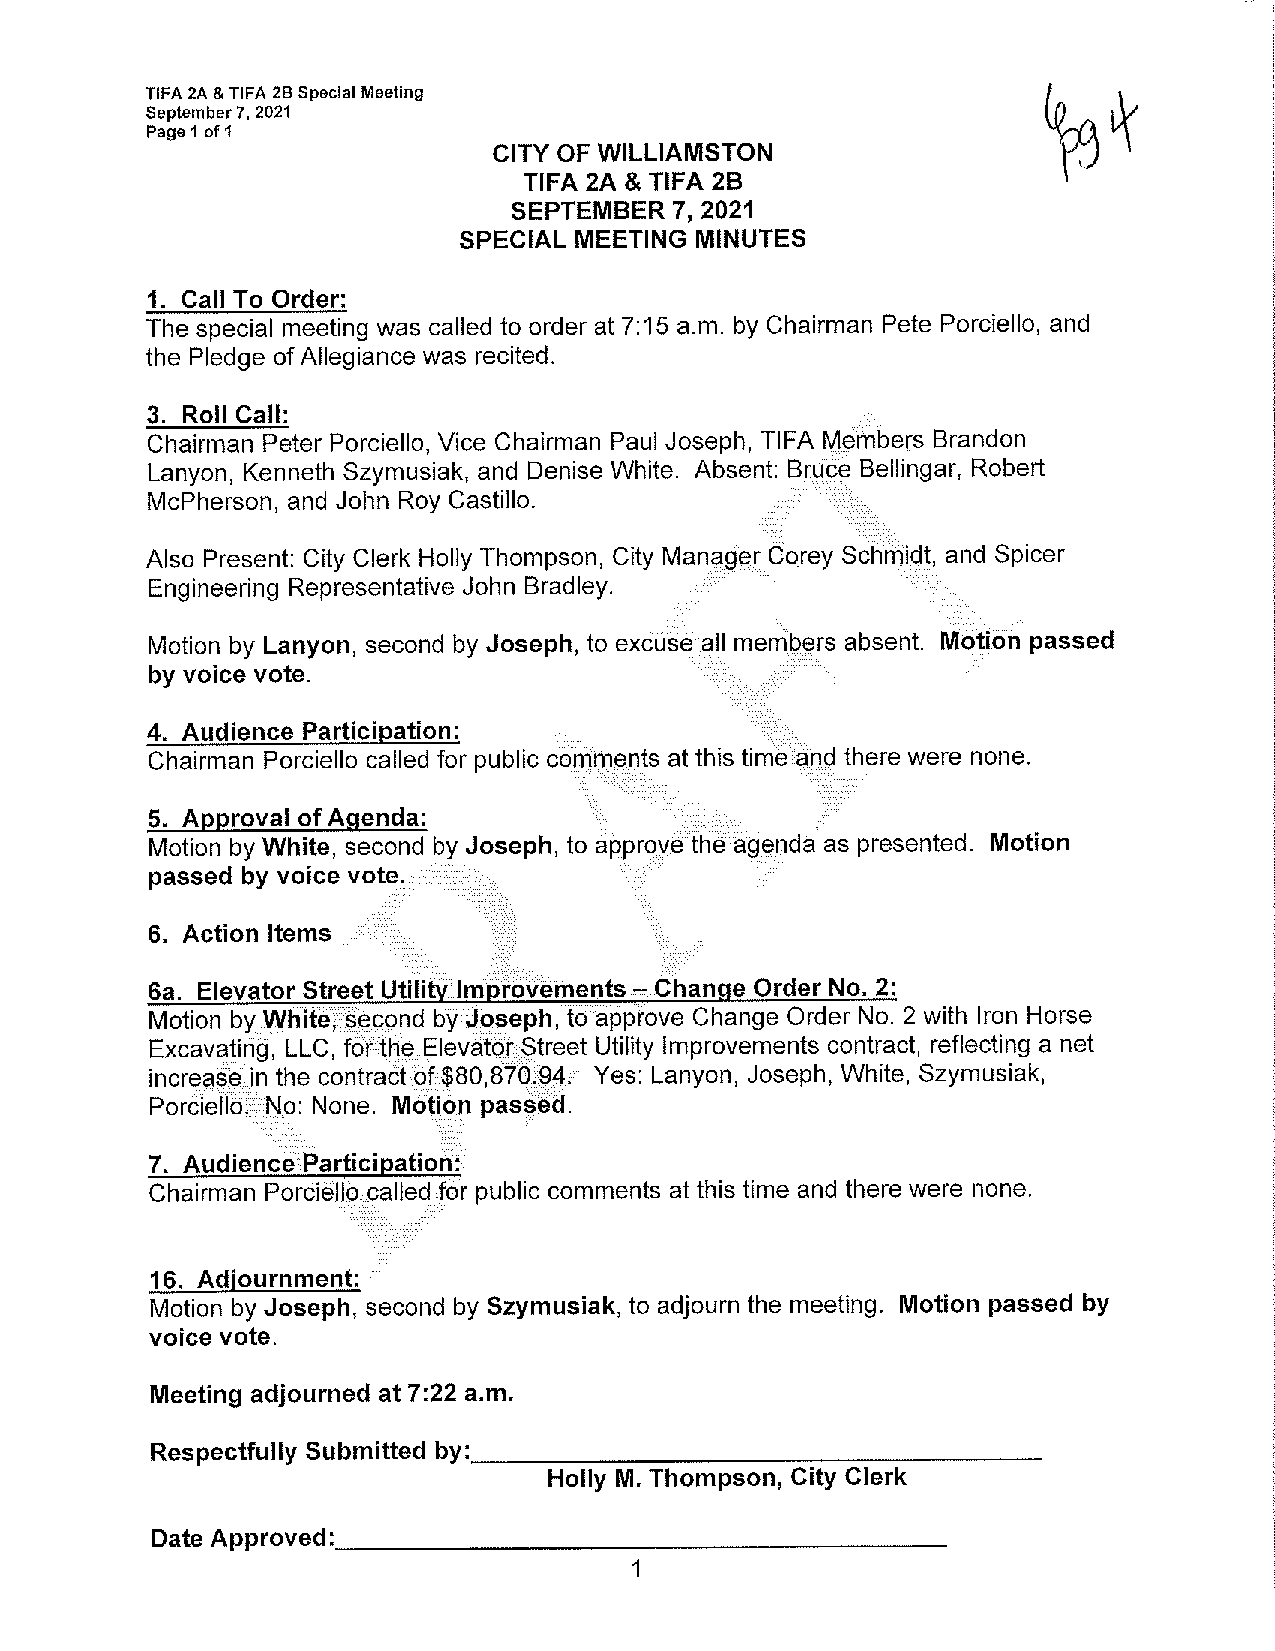
TIFA 2A & TIFA 28 Special Meeting
 September 7, 2021
 Page 1 of 1
 CITY OF WILLIAMSTON
 TIFA 2A & TIFA 28
 SEPTEMBER 7, 2021
 SPECIAL MEETING MINUTES
 1. Call To Order:
 The special meeting was called to order at 7:15 a.m. by Chairman Pete Porciello, and
 the Pledge of Allegiance was recited.
 3. Roll Call:                                   _
 Chairman Peter Porciello, Vice Chairman Paul Joseph, TIFA M 5frnbers Brandon
 Lanyon, Kenneth Szymusiak, and Denise White. Absent: Brqc;e Bellingar, Robert
 McPherson, and John Roy Castillo.          --
 . .   . .. _ ·_
 Also Present: City Clerk Holly Thompson, City Manager Corey Schrriitjt, and Spicer
 Engineering Representative John Bradley. ---- --- ---- --- - -
 Motion
 Motion by Lanyon, second by Joseph, to excGsec:111 members absent. passed
 by voice vote.
 4. Audience Participation: _ _ _         ---_-._--.-
 Chairman Porciello called for public c()rhrneots at this time and there were none.
 -·__
 i
 5. Approval of Agenda:      -. -_-_---.- __ <.- •••. _ ---_
 Motion by White, second by Joseph, to appmye the agenda as presented. Motion
 passed by voice vote_�/i       - -      - --- --
 6. Action Items
 U�i�iity]mprbvehlents
 Change
 6a. Elevator Street             =       Order No. 2:
 Motion byWhite/$�gqnd by Jp�eph, to appfove Change Order No. 2 with Iron Horse
 Excavatlriq, LLC, f6flh�J:levator$treet Utility Improvements contract, reflecting a net
 increcl§�jn the contractpf$80,87Q..Q4; Yes: Lanyon, Joseph, White, Szymusiak,
 Porciell6D\No: None. Moti<>n passed.
 ···.·:··./.i·i·:·: ... :_._·:·.. -:=:-.;ii:\i\
 7. Audience Participation:i
 Chairman PorcielJqpalledJor public comments at this time and there were none.
 16. Adjournment:
 Motion by Joseph, second by Szymusiak, to adjourn the meeting. Motion passed by
 voice vote.
 Meeting adjourned at 7:22 a.m.
 Respectfully Submitted by:                              _
 Holly M. Thompson} City Clerk
 Date Approved:                                    _
 1